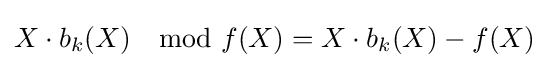
X\cdot b_{k}(X)\mod f(X)=X\cdot b_{k}(X)-f(X)